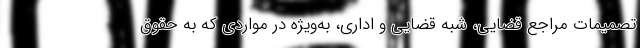
تصمیمات مراجع قضایی، شبه قضایی و اداری، به‌ویژه در مواردی که به حقوق